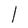
Character: l